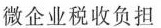
微企业税收负担